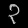
Digit: ၃